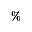
\%